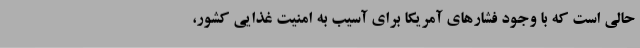
حالی است که با وجود فشارهای آمریکا برای آسیب به امنیت غذایی کشور،